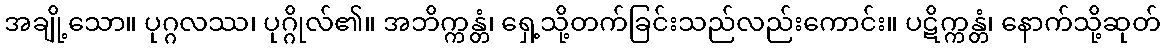
အချို့သော။ ပုဂ္ဂလဿ၊ ပုဂ္ဂိုလ်၏။ အဘိက္ကန္တံ၊ ရှေ့သို့တက်ခြင်းသည်လည်းကောင်း။ ပဋိက္ကန္တံ၊ နောက်သို့ဆုတ်